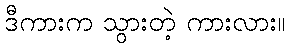
ဒီကားက သွားတဲ့ ကားလား။